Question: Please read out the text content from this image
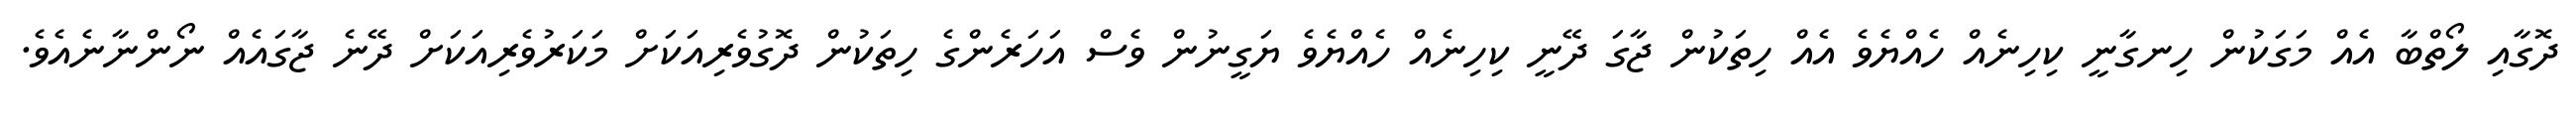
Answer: ދޮގާއި ލޯތްބާ އެއް މަގަކުން ހިނގާނީ ކިހިނެއް ހެއްޔެވެ އެއް ހިތަކުން ޖާގަ ދޭނީ ކިހިނެއް ހެއްޔެވެ ޔަގީނުން ވެސް އަހަރެންގެ ހިތަކުން ދޮގުވެރިއަކަށް މަކަރުވެރިއަކަށް ދޭނެ ޖާގައެއް ނޯންނާނެއެވެ.